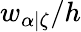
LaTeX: w_{\alpha|\zeta}/h